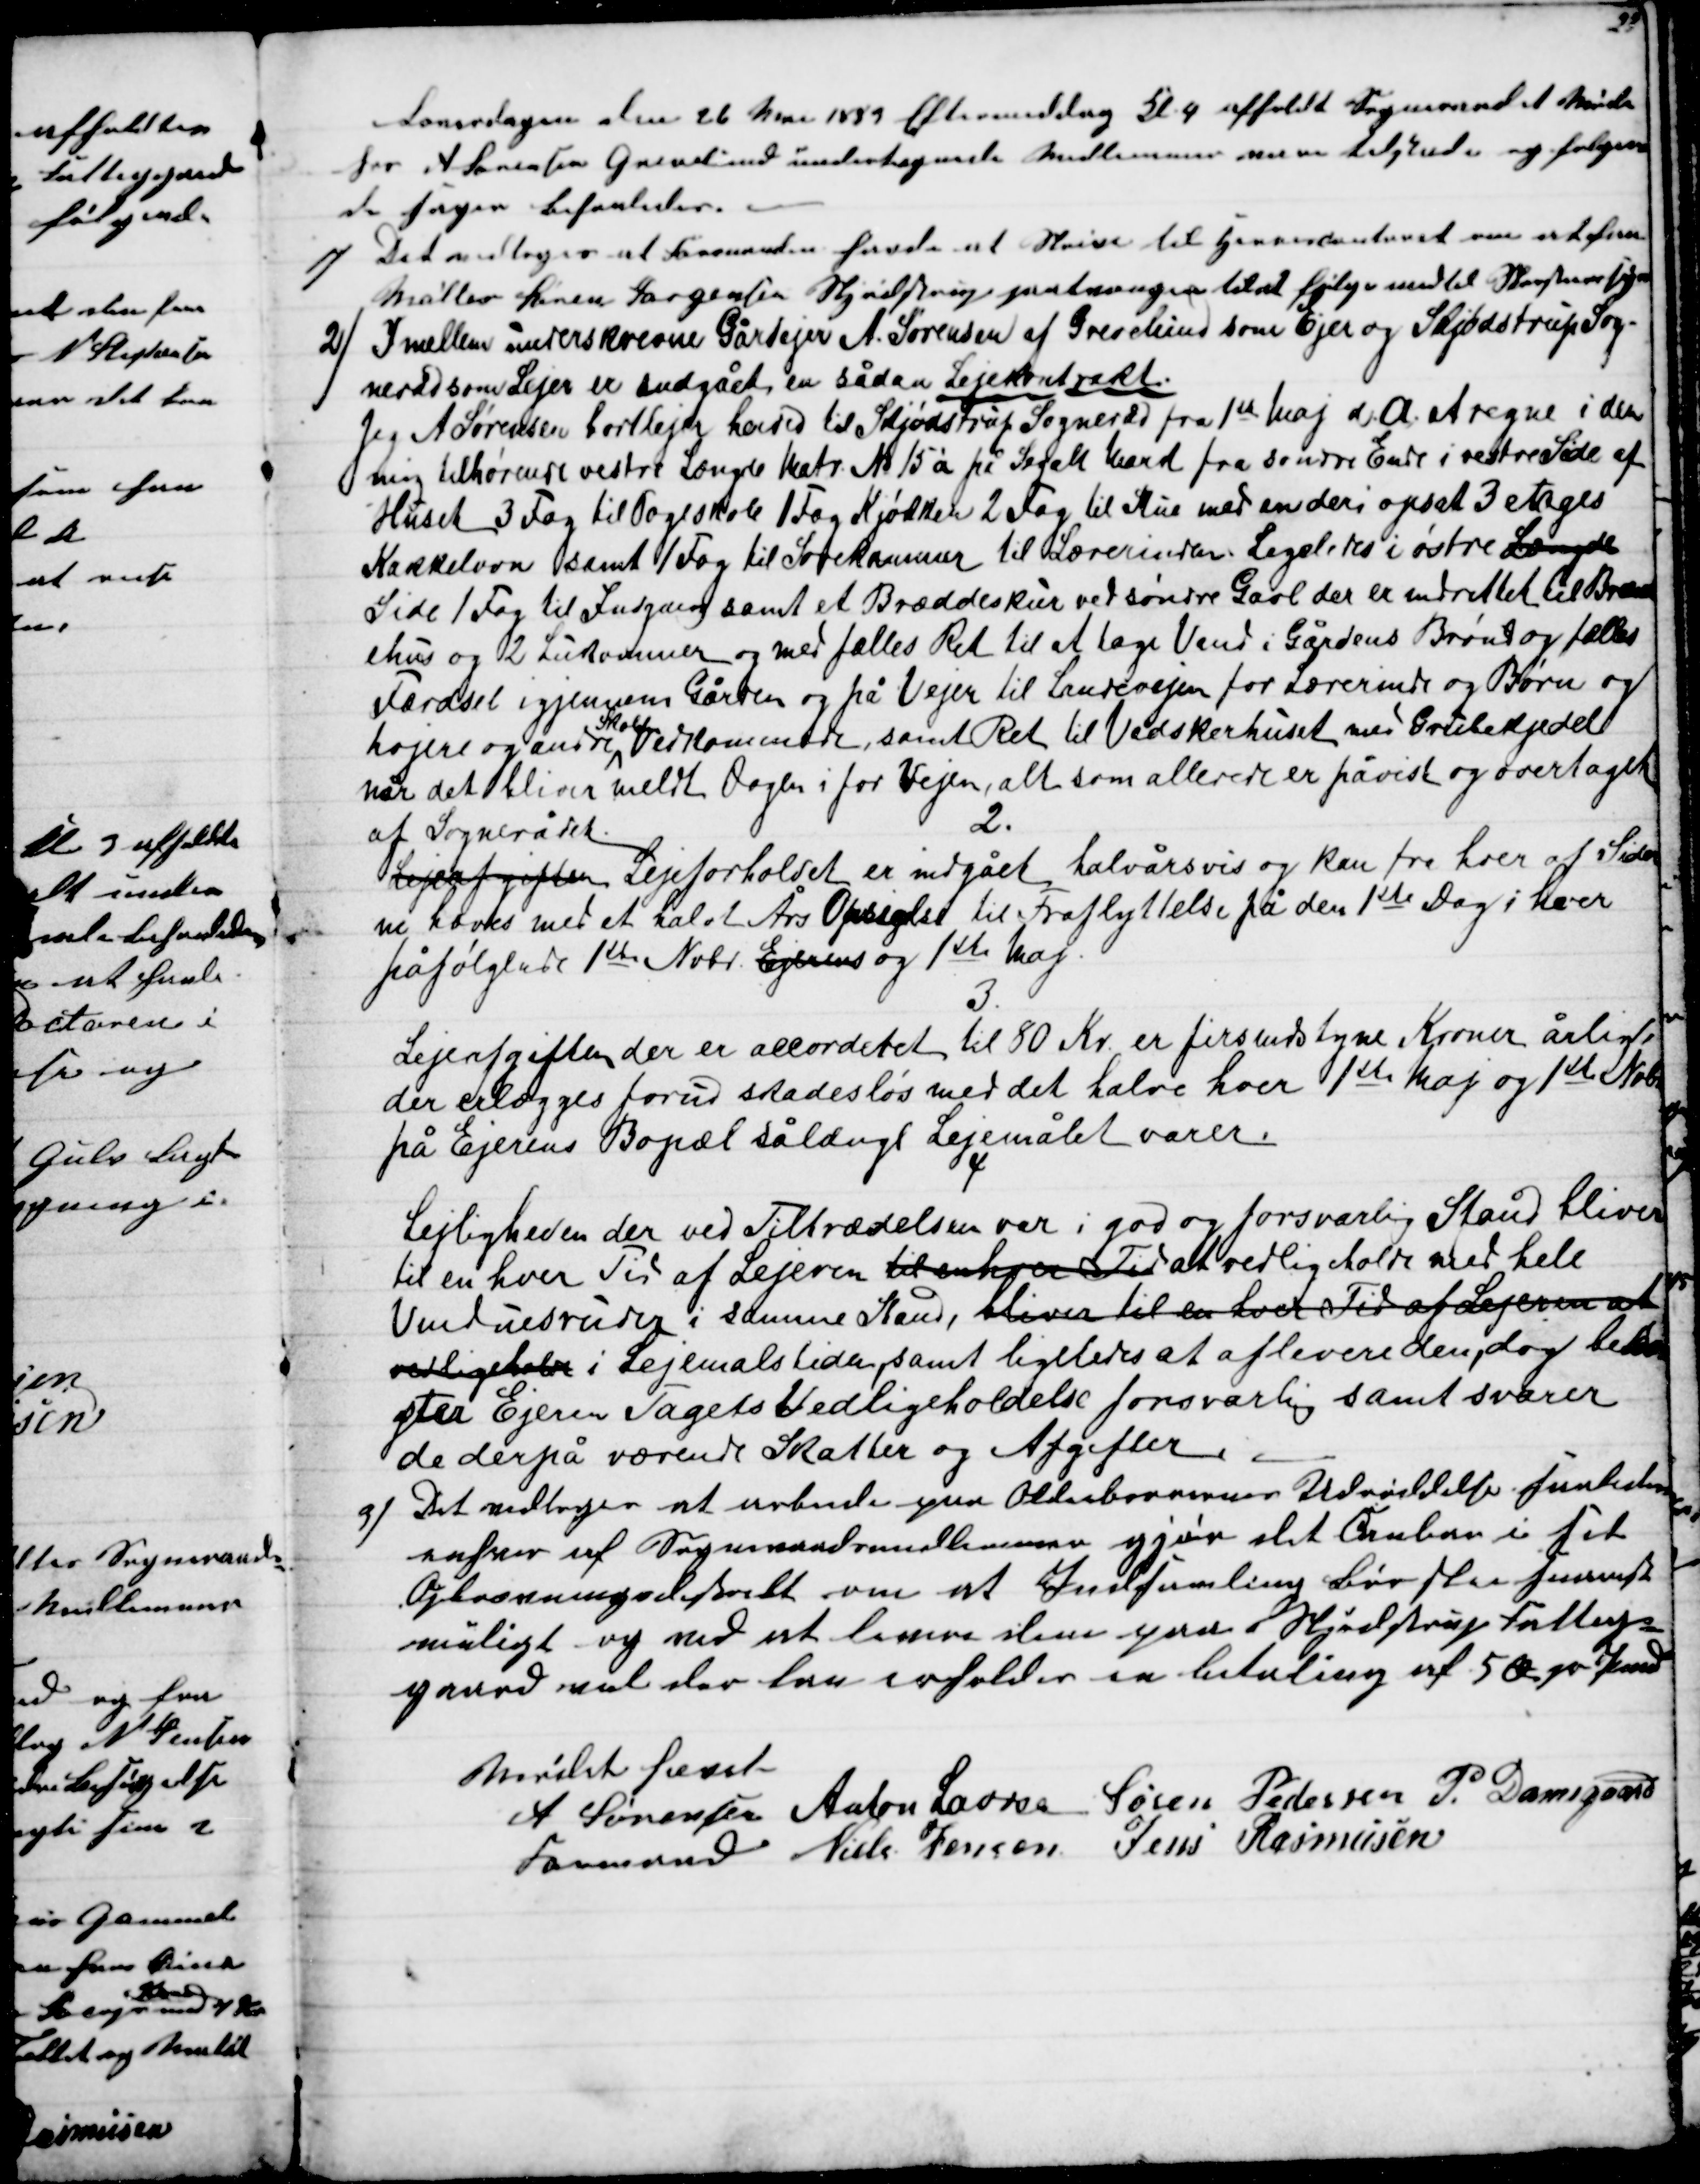
Transskription:
Løverdagen den 26 Mai 1883 Eftermiddag Kl. 4 afholdt Sogneraadet Møde
hos A Sørensen Grevelund undertegnede Medlemmer vare tilstede og følgen
de sager behanledes.
1)
Det vedtoges at Formanden havde at skrive til Herredscontoret om at faa
Møller Søren Jørgensen Skjødstrup paatvungen til at følge med til Skorstensfejer
2)
Imellem underskrevne Gardejer A. Sørensen af Grevelund som Ejer og Skjødstrup Sog-
neråd som Lejer er indgået en sådan Lejekontrakt.
Jeg A Sørensen bortlejer herved til Skjødstrup Sogneråd fra 1ste Maj d. A. at regne i den
mig tilhørende vestre Længde Matr. № 15 à på Segalt Mard fra søndre Ende i vestre Side af
Huset 3 Fag til Pogeskole 1 Fag Kjøkken 2 Fag til Stue med en deri opsat 3 etages
Kakkelovn samt 1 Fag til Sovekammer til Lærerinden. Ligeledes i østre Længde
Side 1 Fag til Indgang samt et Bræddeskur ved søndre Gavl der er indrettet til Brænd
ehus og 2 Lukommer og med fælles Ret til at tage Vand i Gårdens Brønd og fælles
Færdsel igjennem Gården og på Vejen til Landevejen for Lærerinde og Børn og
Læjere og andre
Skolen
Vedkommende, samt Ret til Vadskerhuset med Grubekjedel
når det bliver meldt Dagen i for Vejen, alt som allerede er påvist og overtaget
af Sognerådet.
2.
Lejeafgiften Lejeforholdet er indgået halvårsvis og kan fra hver at Sider-
ne hæves med et halvt Års Opsigelse til Fraflyttelse fra den 1ste Dag i hver
påfølgende 1ste Nobr. Ejerens og 1ste Maj.
3.
Lejeafgiften der er accorderet til 80 Kr. er firsindstyve Kroner årligt
der erlægges forud skadesløs med det halve hver 1ste Maj og 1ste Nobr
på Ejerens Bopæl sålænge Lejemålet varer.
Lejligheden der ved Tiltrædelsen var i god og forsvarlig Stand bliver
til en hver Tid af Lejeren til enhver Tid at vedligeholde med hele
Vinduesruder i samme Stand, bliver til en hver Tid af Lejeren at
vedligeholde i Lejemålstiden, samt ligeledes at aflevere den, dog beko-
ster Ejeren Tagets Vedligeholdelse forsvarlig samt svarer
de derpå værende Skatter og Afgifter.
9) Det vedtoges at arbeide paa Oldenborrernes Udrøddelse saaledes
enhver af Sogneraadsmedlemmerne gjør det Aaben i sit
Opkrævningsdistrikt om at Indsamling bør ske snarest
muligt og ved at levere dem paa Skjødstrup Fattig-
gaard med der kan erholdes en betaling af 5 Ø pr Pund
Mødet hævet
A Sørensen 
Formand 
Anton Laursen
Søren Pedersen P. Damsgaard
Niels Jensen
Jens Rasmusen